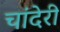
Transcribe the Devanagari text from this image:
चांदेरी